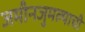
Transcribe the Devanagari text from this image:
जमीनजुमल्याची